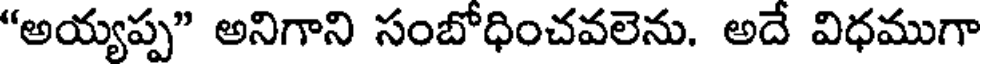
"అయ్యప్ప" అనిగాని సంబోధించవలెను. అదే విధముగా